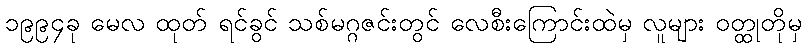
၁၉၉၄ခု မေလ ထုတ် ရင်ခွင် သစ်မဂ္ဂဇင်းတွင် လေစီးကြောင်းထဲမှ လူများ ဝတ္ထုတိုမှ